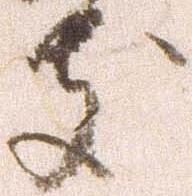
支